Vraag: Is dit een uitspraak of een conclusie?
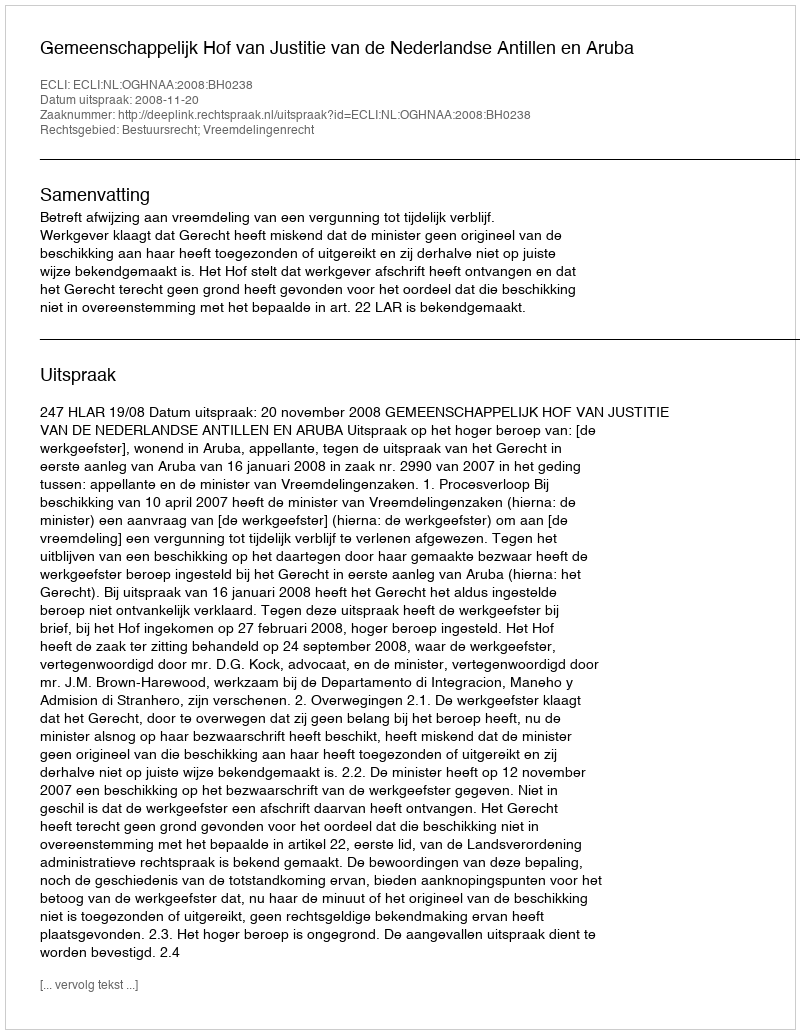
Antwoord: Uitspraak